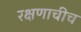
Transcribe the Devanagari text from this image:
रक्षणाचीच